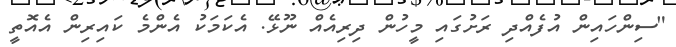
"ސިންހައިން އުފެއްދި ރަށުގައި މީހުން ދިރިއެއް ނޫޅޭ. އެކަމަކު އެންމެ ކައިރިން އެއޮތީ